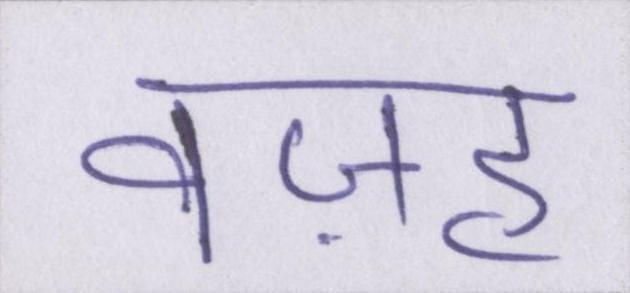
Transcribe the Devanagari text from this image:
वज़ह